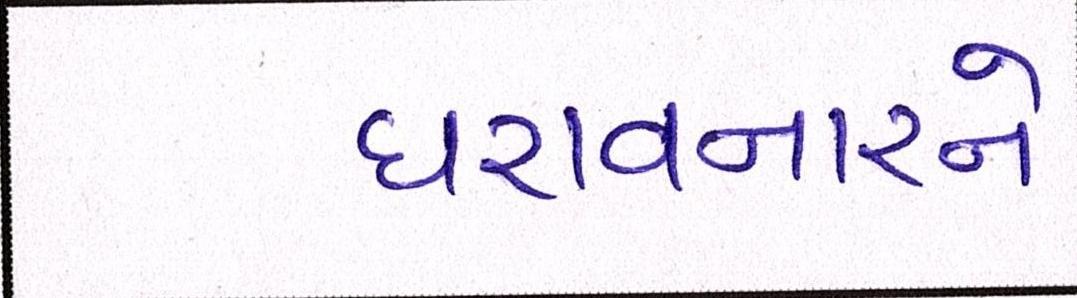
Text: ધરાવનારને